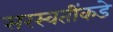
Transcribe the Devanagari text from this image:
सरस्वतींकडे